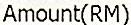
AMOUNT(RM)